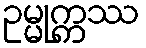
ဥမ္မုက္ကဿ